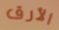
الأرق